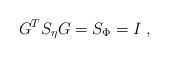
\begin{align*}{G}^T {S}_\eta {G} = {S}_\Phi = {I} \;,\end{align*}